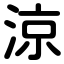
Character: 涼